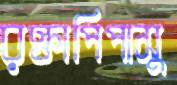
রক্তাপিপাসু